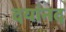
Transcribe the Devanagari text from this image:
दयांनद